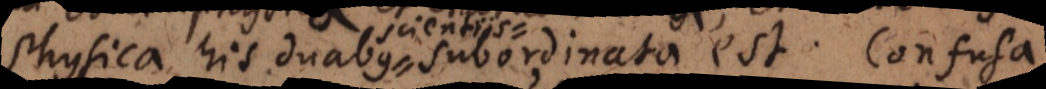
Physica his duabus subordinata est. Confusa